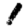
Digit: 1